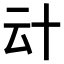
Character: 𠦊